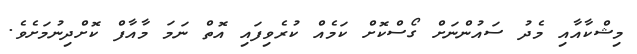
މިޝްކާއާއި މެދު ސައުންނަށް ގޯސްކޮށް ކަމެއް ކުރެވިފައި އޮތް ނަމަ މާއާފް ކޮށްދިނުމަށެވެ.